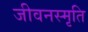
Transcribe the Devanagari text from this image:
जीवनस्मृति